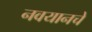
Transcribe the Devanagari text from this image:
नवयानचे